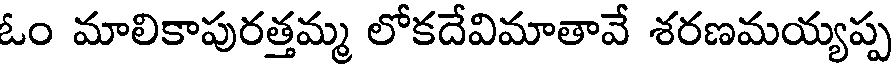
ఓం మాలికాపురత్తమ్మ లోకదేవిమాతావే శరణమయ్యప్ప